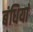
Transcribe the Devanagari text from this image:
बंधियां